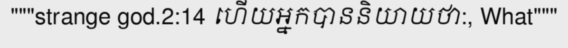
"""strange god.2:14 ហើយអ្នកបាននិយាយថា:, What"""